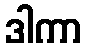
ဒါကာ